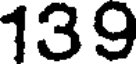
139